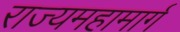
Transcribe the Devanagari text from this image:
राज्यमहामार्ग